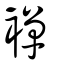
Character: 襌